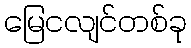
မြေငလျင်တစ်ခု